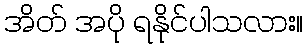
အိတ် အပို ရနိုင်ပါသလား။